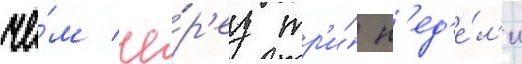
че́м че́р'ез тр'и́ н'ед'е́л'и